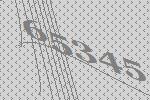
65345